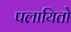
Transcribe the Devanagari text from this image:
पलायितो